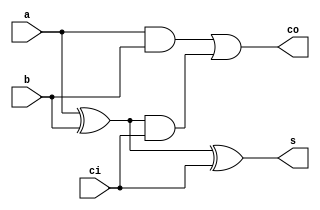
module full_add(s, co, a, b, ci);
  input a, b, ci;
  output s, co;
  wire m, p, v; // Use semicolons to separate wire declarations

  xor(s, a, b, ci);
  xor(m, a, b);
  and(p, a, b);
  and(v, m, ci);
  or(co, p, v);

  //using data flow
  // assign s = a^b^ci;
  // assign co = (a&b) | (b&ci) | (a&ci)

//using behavioral level 
//output reg s,co;
//always @ (*)
//begin s= a^b^c;
//co = (a&b) | (b&a) | (a&c)
endmodule